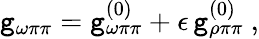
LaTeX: \mathtt{g}_{\omega\pi\pi}=\mathtt{g}_{\omega\pi\pi}^{(0)}+\epsilon\, \mathtt{g}_{\rho\pi\pi}^{(0)}\ ,